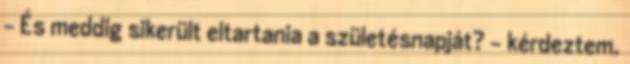
– És meddig sikerült eltartania a születésnapját? – kérdeztem.